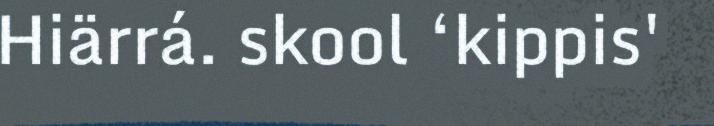
Hiärrá. skool ‘kippis'